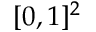
[ 0 , 1 ] ^ { 2 }